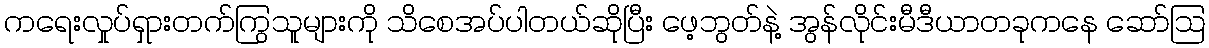
ကရေးလှုပ်ရှားတက်ကြွသူများကို သိစေအပ်ပါတယ်ဆိုပြီး ဖေ့ဘွတ်နဲ့ အွန်လိုင်းမီဒီယာတခုကနေ ဆော်သြ